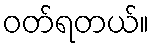
ဝတ်ရတယ်။